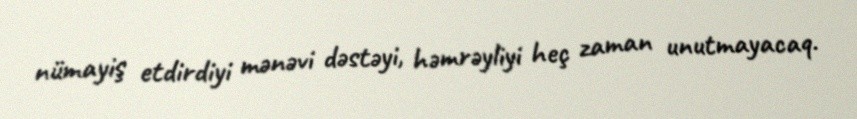
nümayiş etdirdiyi mənəvi dəstəyi, həmrəyliyi heç zaman unutmayacaq.